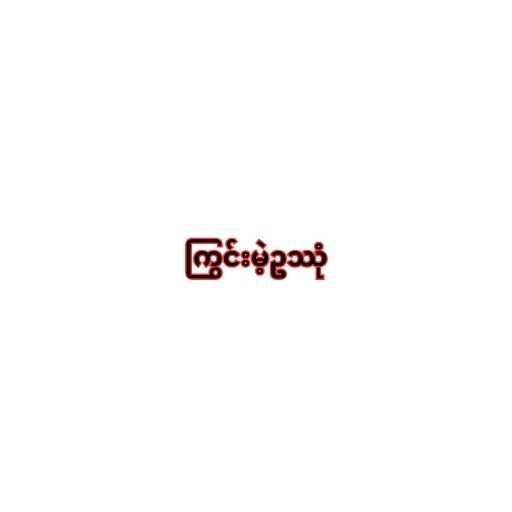
ကြွင်းမဲ့ဥဿုံ